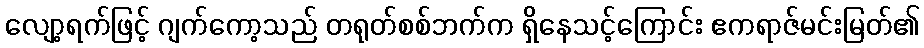
လျော့ရက်ဖြင့် ဂျက်ကော့သည် တရုတ်စစ်ဘက်က ရှိနေသင့်ကြောင်း ဧကရာဇ်မင်းမြတ်၏